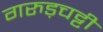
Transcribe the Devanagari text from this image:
गरुड़चट्टी